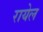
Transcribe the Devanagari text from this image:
रायेल